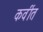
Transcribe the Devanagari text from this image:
कवींत